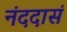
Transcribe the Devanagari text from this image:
नंददासं